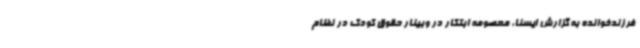
فرزندخوانده به گزارش ایسنا، معصومه ابتکار در وبینار حقوق کودک در نظام